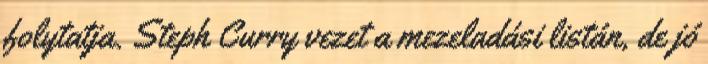
folytatja. Steph Curry vezet a mezeladási listán, de jó